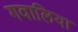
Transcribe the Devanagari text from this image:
गवालिया